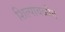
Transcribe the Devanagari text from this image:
शिल्पावळीत